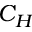
C _ { H }